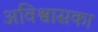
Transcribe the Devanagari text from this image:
अविश्वासका